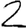
Digit: 2